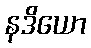
နဒိယော